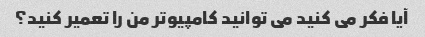
آیا فکر می کنید می توانید کامپیوتر من را تعمیر کنید؟